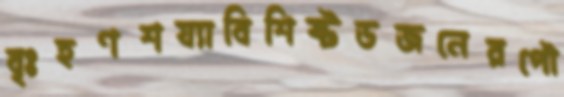
বৃঃহণশয্যাবিশিষ্টডজনেরপৌ